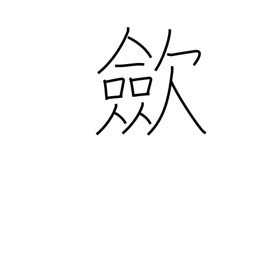
Meaning: tighten